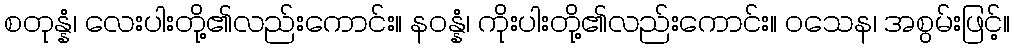
စတုန္နံ၊ လေးပါးတို့၏လည်းကောင်း။ နဝန္နံ၊ ကိုးပါးတို့၏လည်းကောင်း။ ဝသေန၊ အစွမ်းဖြင့်။